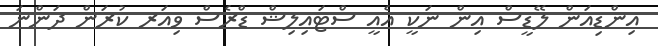
އިންޑިއަން ލޭޑީސް އިން ނަކީ އެއީ ސްޓައިލިޝް ޑްރެސް ވިއަރ ކުރަން ދަންނަ